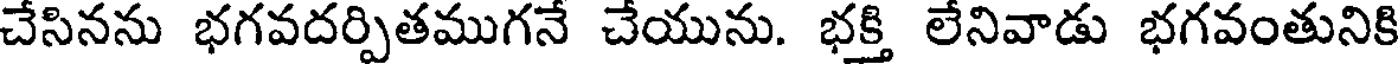
చేసినను భగవదర్పితముగనే చేయును. భక్తి లేనివాడు భగవంతునికి